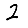
Digit: 2